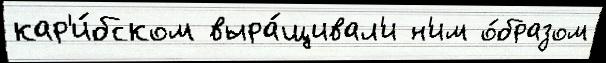
кар'и́бском выра́щивал'и н'им о́бразом